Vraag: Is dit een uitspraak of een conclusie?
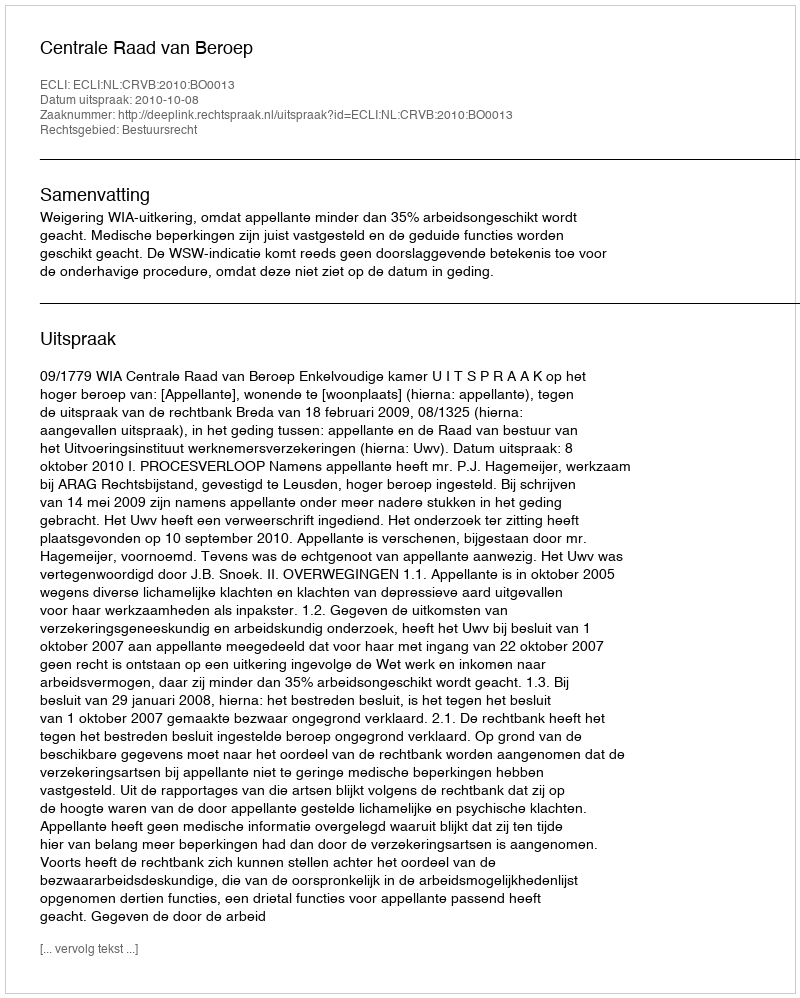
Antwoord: Uitspraak